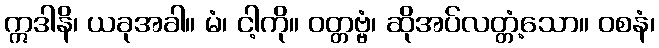
ဣဒါနိ၊ ယခုအခါ။ မံ၊ ငါ့ကို။ ဝတ္တဗ္ဗံ၊ ဆိုအပ်လတ္တံ့သော။ ဝစနံ၊